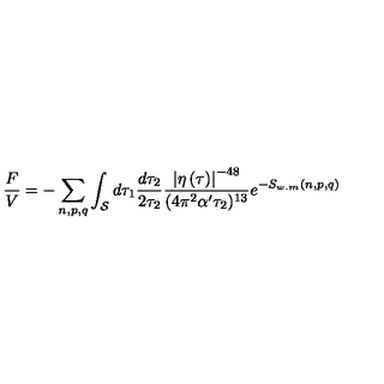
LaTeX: \frac { F } { V } = - \sum _ { n , p , q } \int _ { \cal S } d \tau _ { 1 } \frac { d \tau _ { 2 } } { 2 \tau _ { 2 } } \frac { \left| \eta \left( \tau \right) \right| ^ { - 4 8 } } { ( 4 \pi ^ { 2 } \alpha ^ { \prime } \tau _ { 2 } ) ^ { 1 3 } } e ^ { - S _ { w . m } ( n , p , q ) }